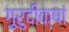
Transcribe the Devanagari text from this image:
गुरुदीक्षां